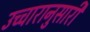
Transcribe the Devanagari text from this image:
उच्चारानुसारी